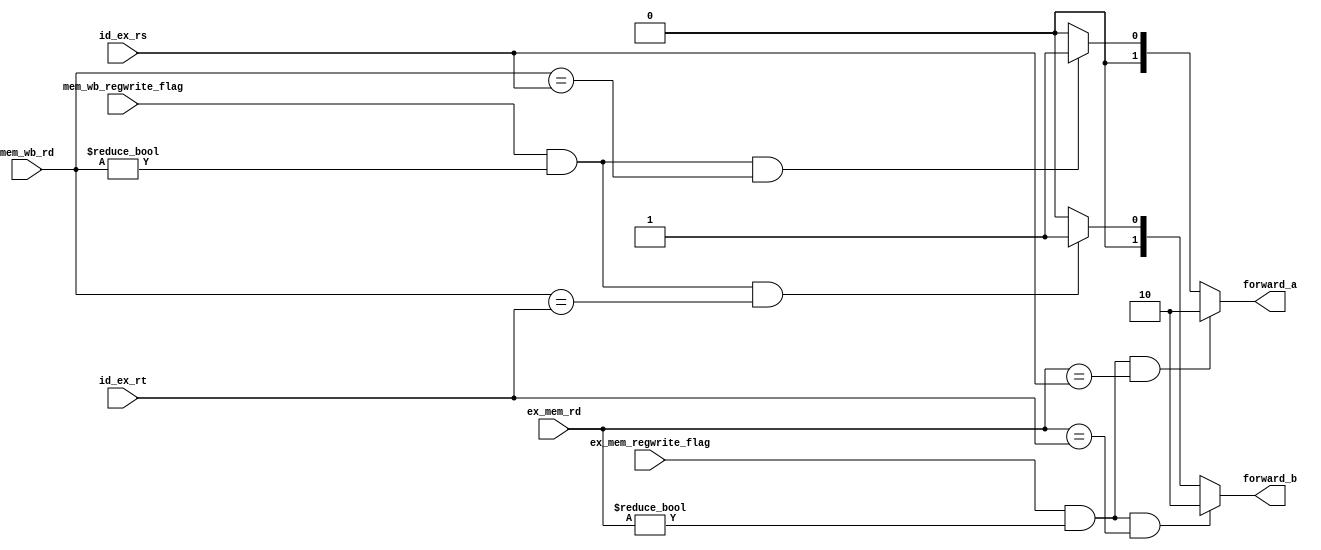
// This program was cloned from: https://github.com/valar1234/MIPS
// License: GNU Lesser General Public License v3.0

`timescale 1ns / 1ps
//////////////////////////////////////////////////////////////////////////////////
// Company: 
// Engineer: 
// 
// Design Name: 
// Module Name: bypath_ctr
// Project Name: 
// Target Devices: 
// Tool Versions: 
// Description: 
// 
// Dependencies: 
// 
// Revision:
// Revision 0.01 - File Created
// Additional Comments:
// 
//////////////////////////////////////////////////////////////////////////////////


module bypath_ctr(
input wire [4:0]        id_ex_rs,
input wire [4:0]        id_ex_rt,
input wire [4:0]        ex_mem_rd,
input wire [4:0]        mem_wb_rd,
input wire              ex_mem_regwrite_flag,
input wire              mem_wb_regwrite_flag,
output wire [1:0]       forward_a,
output wire [1:0]       forward_b
    );
    
    wire forwardA_ex_mem_condition;
    wire forwardA_mem_wb_condition;
    wire forwardB_ex_mem_condition;
    wire forwardB_mem_wb_condition;
    
    assign forwardA_ex_mem_condition = (ex_mem_regwrite_flag == 1'b1) && (ex_mem_rd != 0) && (ex_mem_rd == id_ex_rs);
//    assign forwardA_mem_wb_condition = (mem_wb_regwrite_flag == 1'b1) && (mem_wb_rd != 0) && ( mem_wb_rd == id_ex_rs) && 
//    ( !((ex_mem_regwrite_flag == 1'b1) && (ex_mem_rd != 0) && ( ex_mem_rd != id_ex_rs)) );
    assign forwardA_mem_wb_condition = (mem_wb_regwrite_flag == 1'b1) && (mem_wb_rd != 0) && ( mem_wb_rd == id_ex_rs);
    
    assign forwardB_ex_mem_condition = (ex_mem_regwrite_flag == 1'b1) && (ex_mem_rd != 0) && (ex_mem_rd == id_ex_rt);
//    assign forwardB_mem_wb_condition = (mem_wb_regwrite_flag == 1'b1) && (mem_wb_rd != 0) && ( mem_wb_rd == id_ex_rt) && 
//    ( !((ex_mem_regwrite_flag == 1'b1) && (ex_mem_rd != 0) && ( ex_mem_rd != id_ex_rt)) );
    assign forwardB_mem_wb_condition = (mem_wb_regwrite_flag == 1'b1) && (mem_wb_rd != 0) && ( mem_wb_rd == id_ex_rt);
    
    function [1:0]  FORWARD;
    input       ex_mem_condition;
    input       mem_wb_condition;
    begin
        if( ex_mem_condition )
            FORWARD = 2'b10;
        else if( mem_wb_condition )
            FORWARD = 2'b01;
        else
            FORWARD = 2'b00;
    end
    endfunction
    
    assign forward_a = FORWARD(forwardA_ex_mem_condition, forwardA_mem_wb_condition);
    assign forward_b = FORWARD(forwardB_ex_mem_condition, forwardB_mem_wb_condition);
    
endmodule